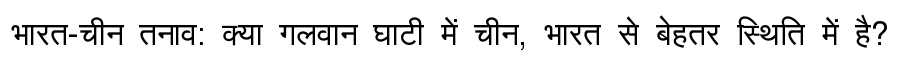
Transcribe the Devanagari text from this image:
भारत-चीन तनाव: क्या गलवान घाटी में चीन, भारत से बेहतर स्थिति में है?